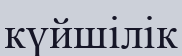
күйшілік